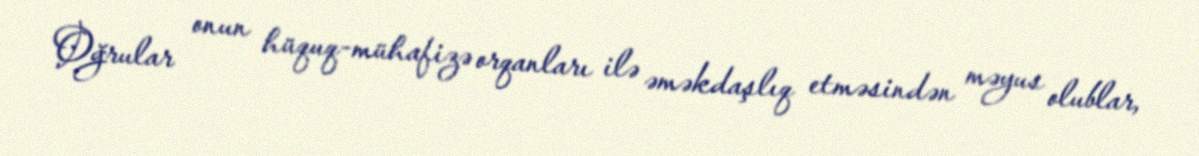
Oğrular onun hüquq-mühafizə orqanları ilə əməkdaşlıq etməsindən məyus olublar,